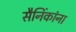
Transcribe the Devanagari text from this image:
सैनिंकांना